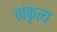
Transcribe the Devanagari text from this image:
त्वंकृत्य